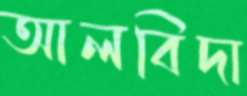
আলবিদা